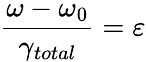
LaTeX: \frac{\omega-\omega_{0}}{\gamma_{total}}=\varepsilon